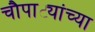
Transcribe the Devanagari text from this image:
चौपाट्यांच्या